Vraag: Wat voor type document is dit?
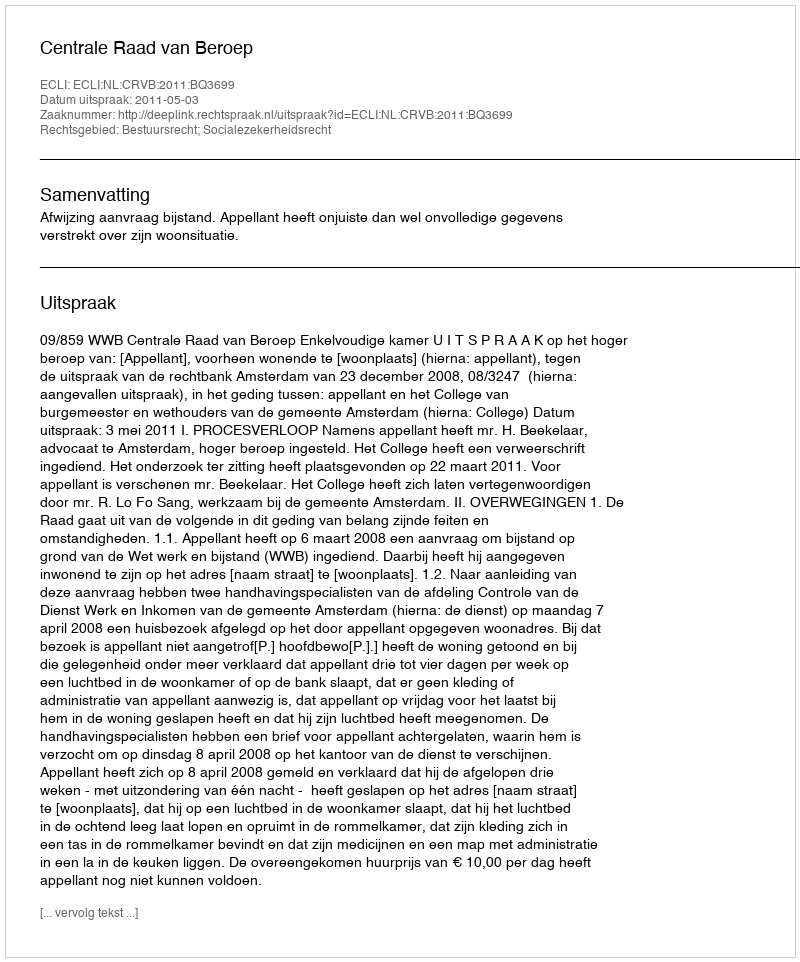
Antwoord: Uitspraak